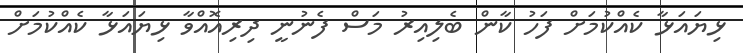
ޅިޔައަޅާ ކެއްކުމަށް ފަހު ކާން ބެލިއިރު މަސް ފެނުނީ ދިރިއޮއްވާ ޅިޔައަޅާ ކެއްކުމަށް